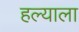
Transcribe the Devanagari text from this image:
हल्याला